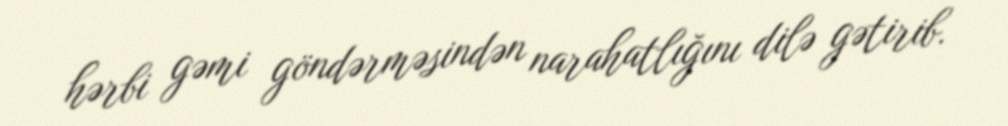
hərbi gəmi göndərməsindən narahatlığını dilə gətirib.